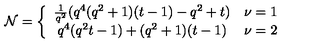
{ \cal N } = \left\{ \begin{array} { c l } { \frac { 1 } { q ^ { 2 } } ( q ^ { 4 } ( q ^ { 2 } + 1 ) ( t - 1 ) - q ^ { 2 } + t ) } & { \nu = 1 } \\ { q ^ { 4 } ( q ^ { 2 } t - 1 ) + ( q ^ { 2 } + 1 ) ( t - 1 ) } & { \nu = 2 } \\ \end{array} \right.